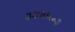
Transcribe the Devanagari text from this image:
३४२६०३